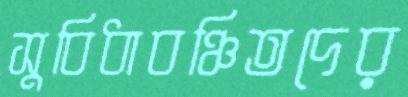
সুবিধাবঞ্চিতদের